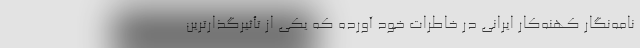
نامه‌نگار کهنه‌کار ایرانی در خاطرات خود آورده که یکی از تأثیرگذارترین